65_HS1-834228961_62-HQ-83894_Section_9
Agency: FBI
Page 27
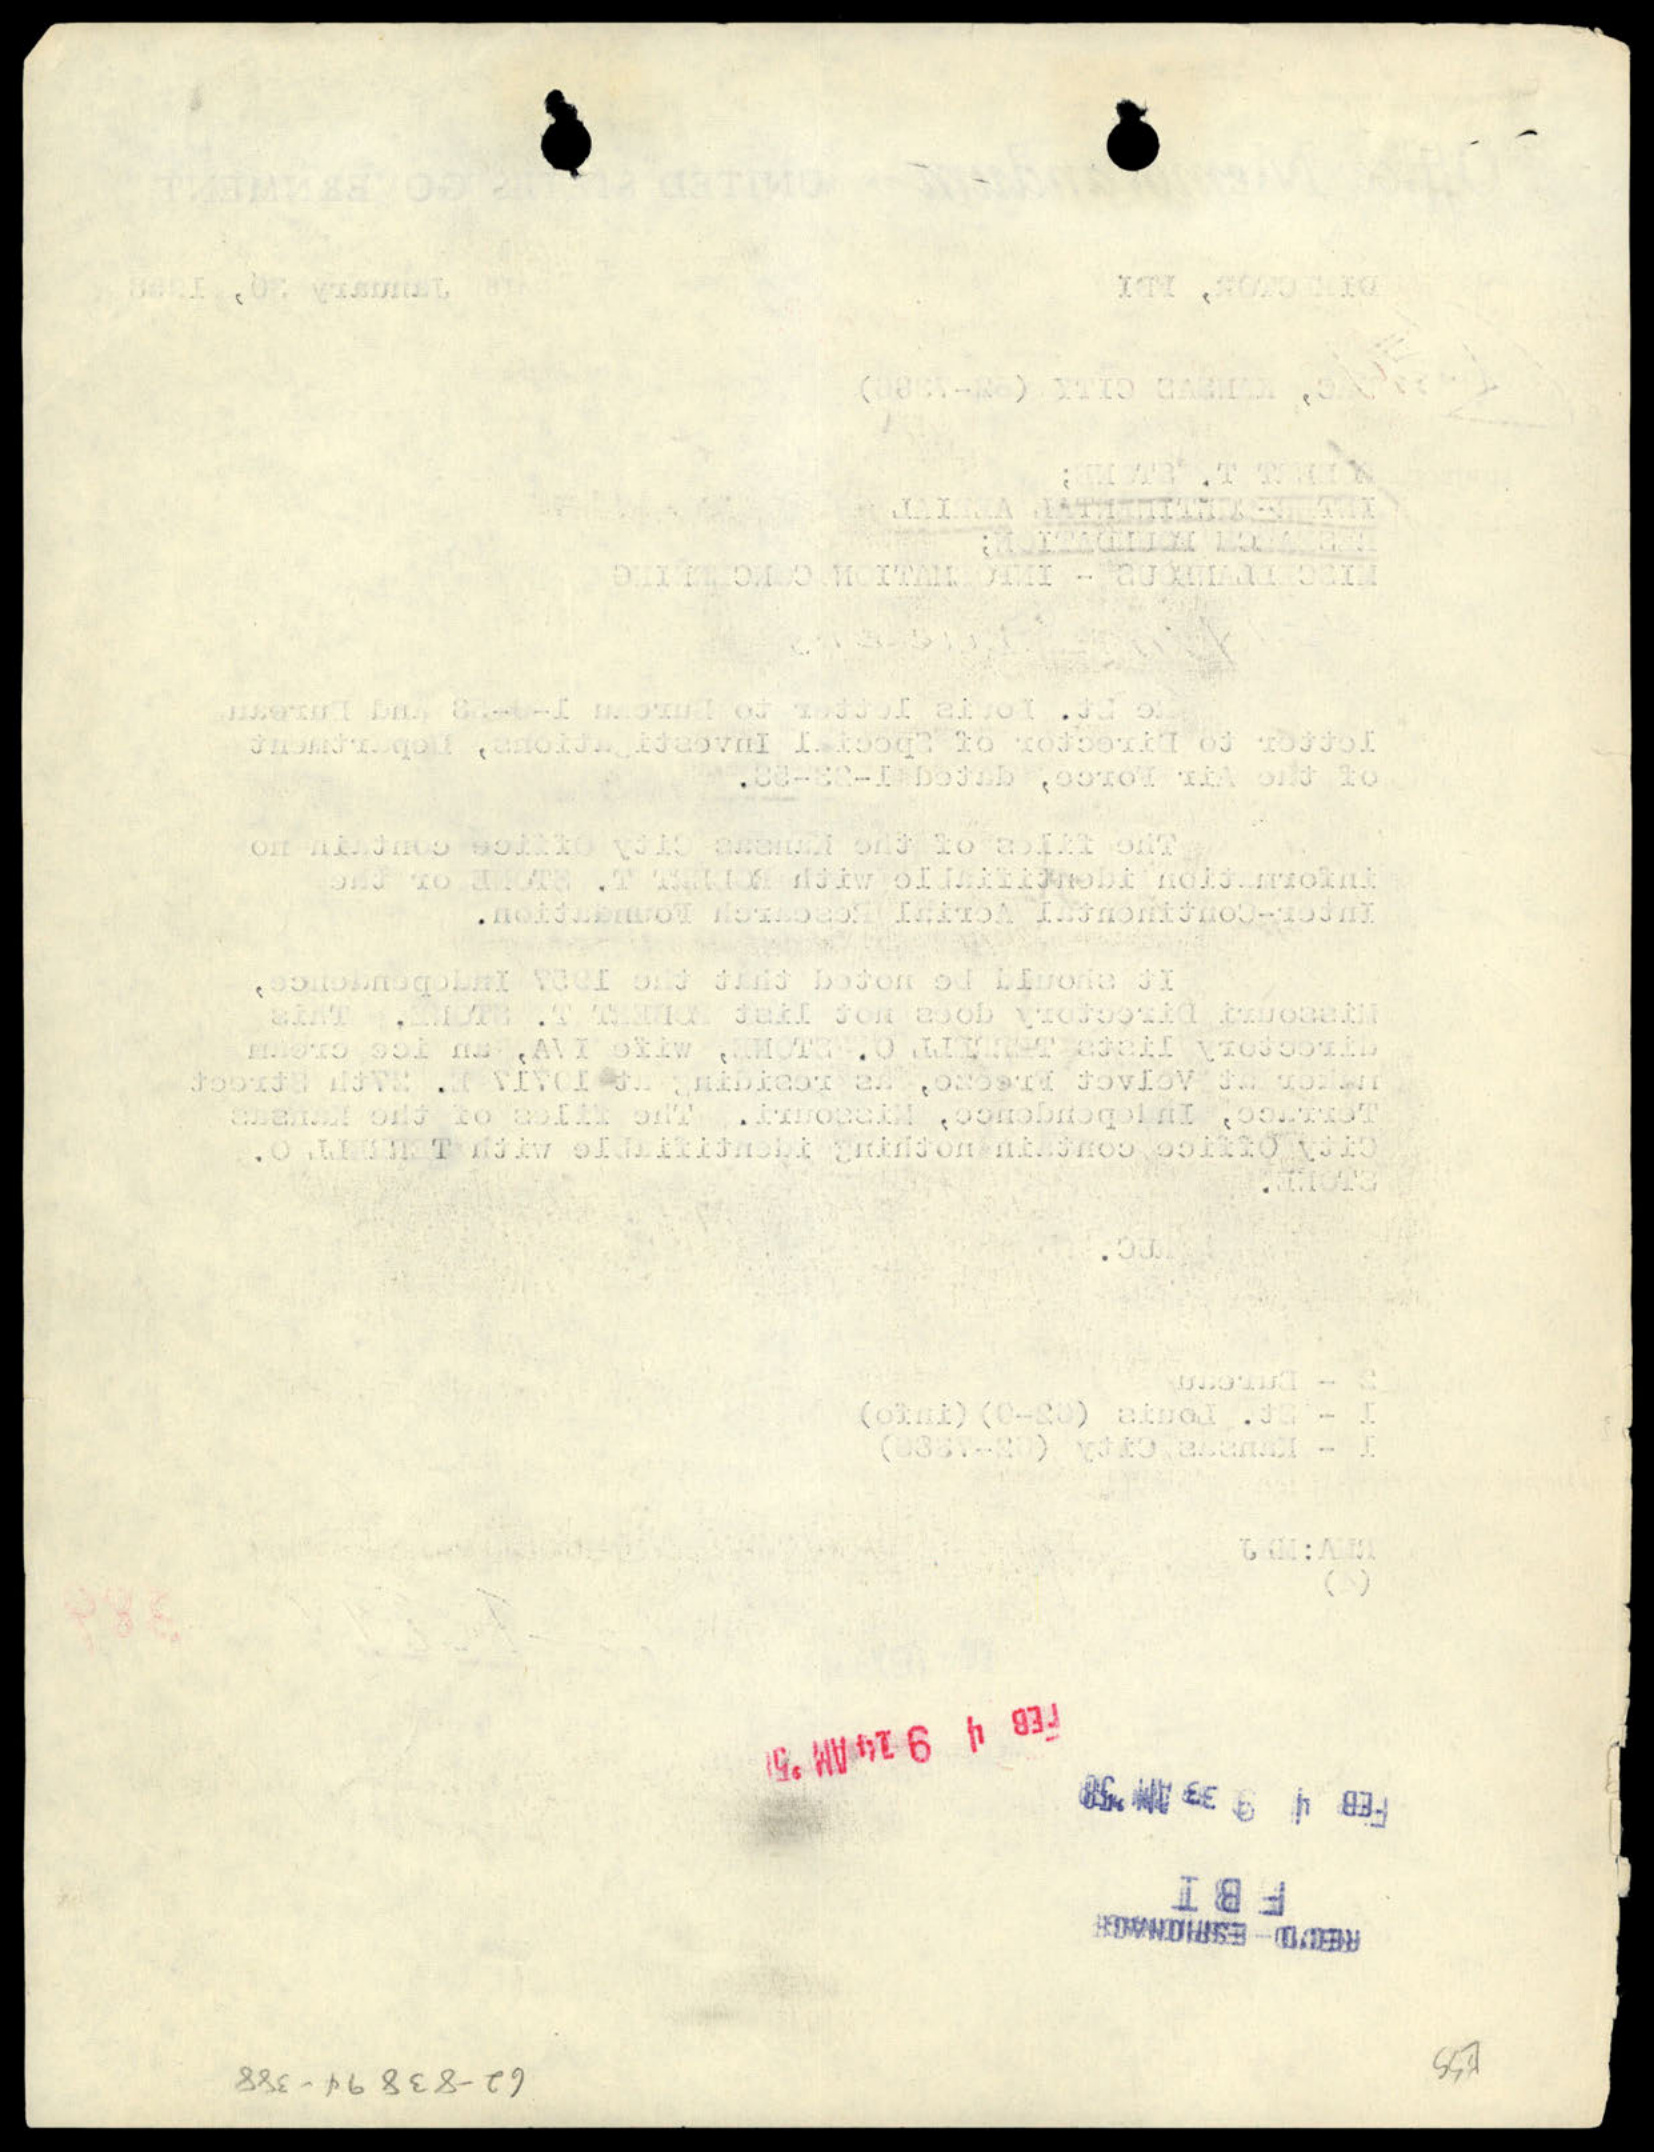